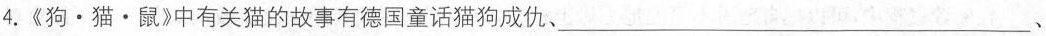
4.《狗 \cdot 猫 \cdot 鼠》中有关猫的故事有德国童话猫狗成仇、___、